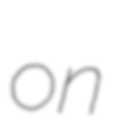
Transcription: on